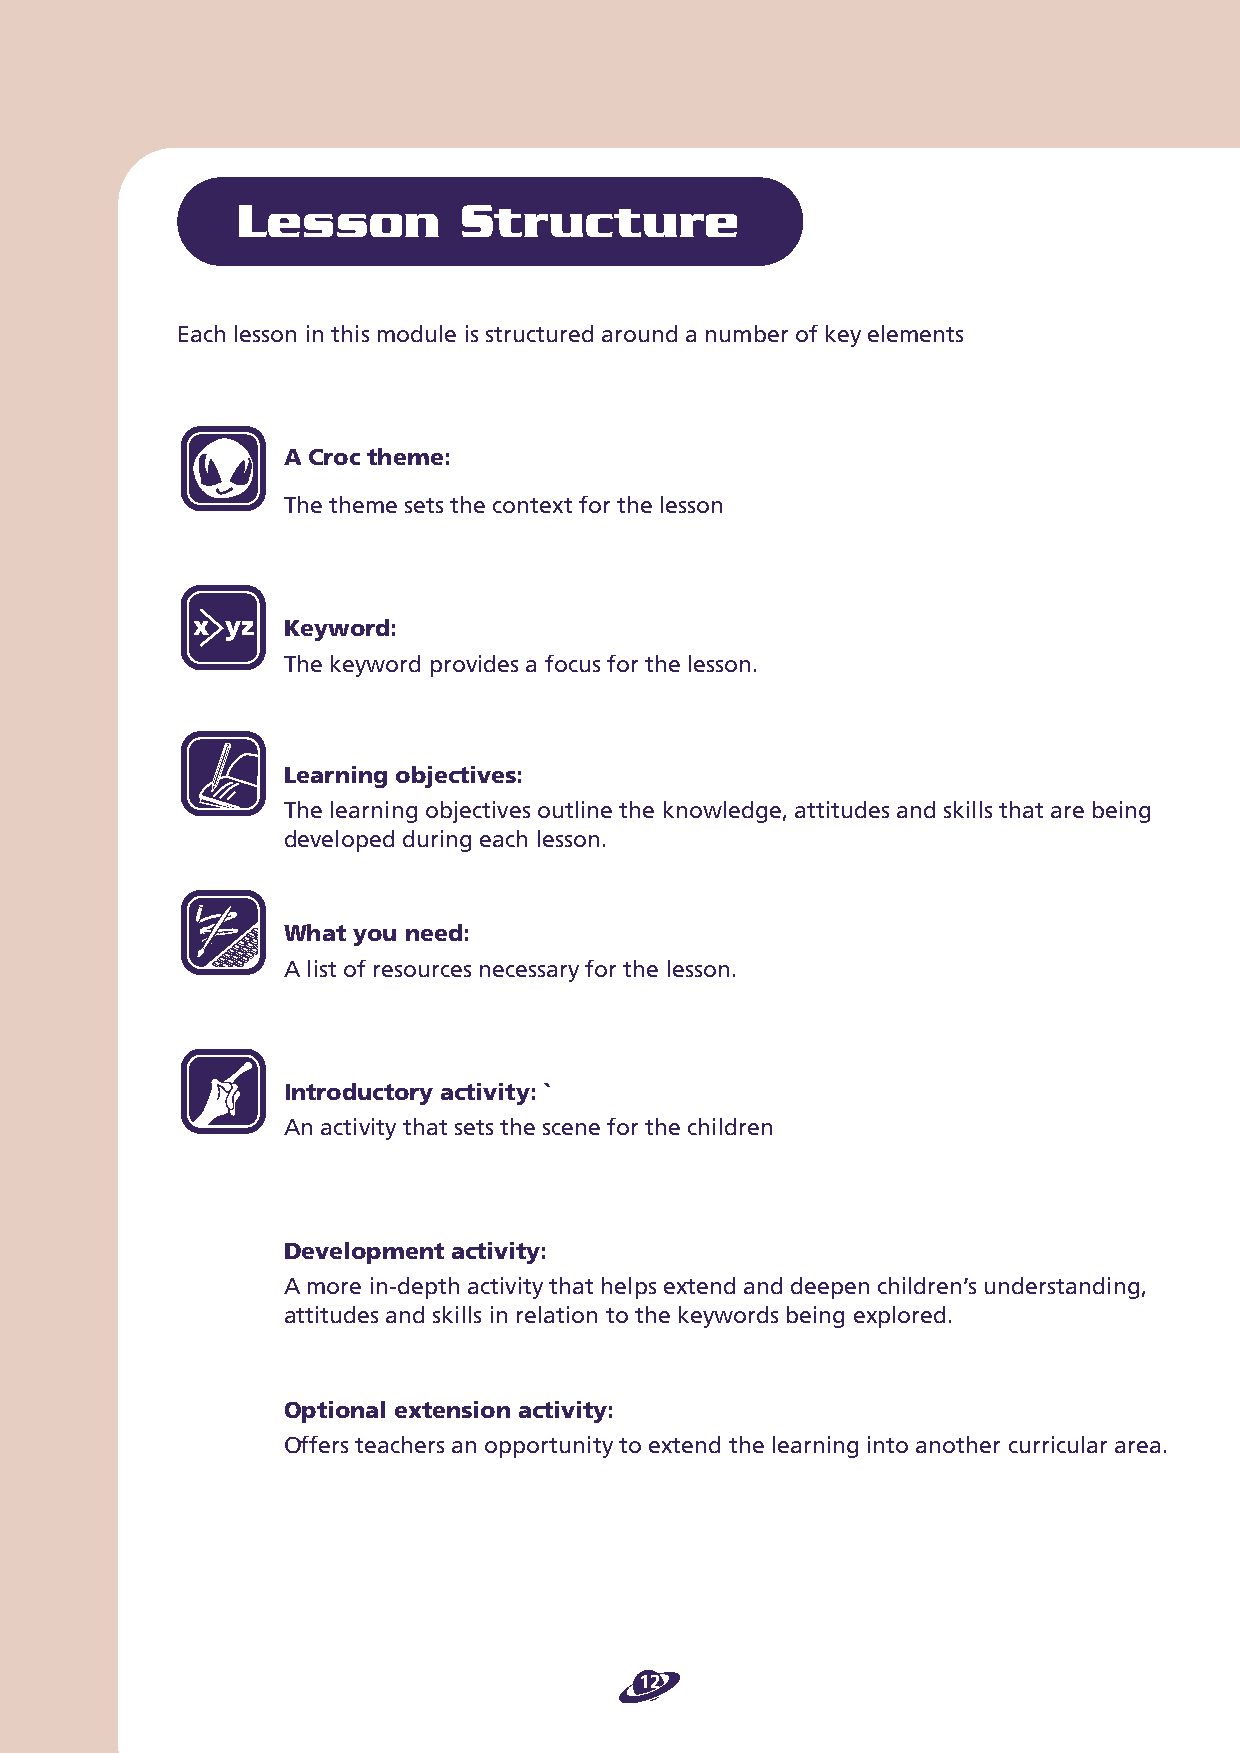
Lesson        Structure
 Each lesson in this module is structured around a number of key elements
 A Croc theme:
 The theme sets the context for the lesson
 x yz  Keyword:
 The keyword provides a focus for the lesson.
 Learning objectives:
 The learning objectives outline the knowledge, attitudes and skills that are being
 developed during each lesson.
 What you need:
 A list of resources necessary for the lesson.
 Introductory activity: `
 An activity that sets the scene for the children
 Development activity:
 A more in-depth activity that helps extend and deepen children’s understanding,
 attitudes and skills in relation to the keywords being explored.
 Optional extension activity:
 Offers teachers an opportunity to extend the learning into another curricular area.
 12